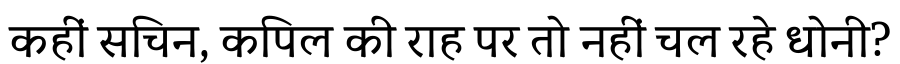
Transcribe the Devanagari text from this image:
कहीं सचिन, कपिल की राह पर तो नहीं चल रहे धोनी?